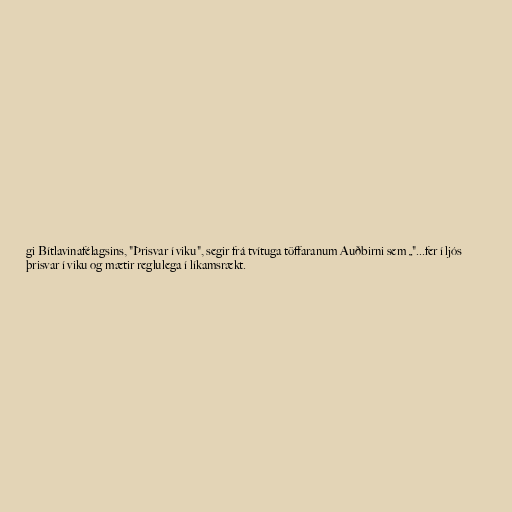
gi Bítlavinafélagsins, "Þrisvar í viku", segir frá tvítuga töffaranum Auðbirni sem „"...fer í ljós
þrisvar í viku og mætir reglulega í líkamsrækt.